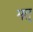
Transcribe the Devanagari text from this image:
मत्